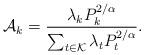
LaTeX: \begin{align*}\mathcal{A}_k = \frac{\lambda_k P_k^{2 / \alpha}}{\sum_{t \in \mathcal{K}} \lambda_t P_t^{2 / \alpha}}.\end{align*}